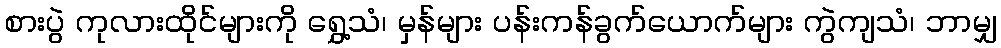
စားပွဲ ကုလားထိုင်များကို ရွှေ့သံ၊ မှန်များ ပန်းကန်ခွက်ယောက်များ ကွဲကျသံ၊ ဘာမျှ